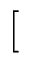
[